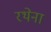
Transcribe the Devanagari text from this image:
रथेना